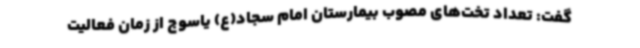
گفت: تعداد تخت‌های مصوب بیمارستان امام سجاد(ع) یاسوج از زمان فعالیت